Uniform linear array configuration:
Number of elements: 12
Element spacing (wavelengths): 0.75
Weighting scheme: cosine
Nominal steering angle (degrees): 15
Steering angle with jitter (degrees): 13.727
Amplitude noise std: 0.05
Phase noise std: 0.05

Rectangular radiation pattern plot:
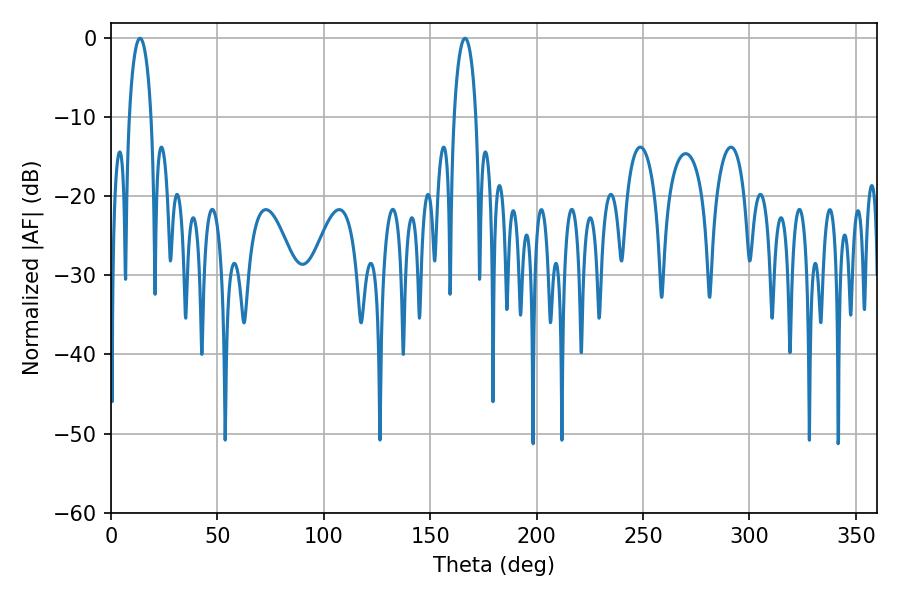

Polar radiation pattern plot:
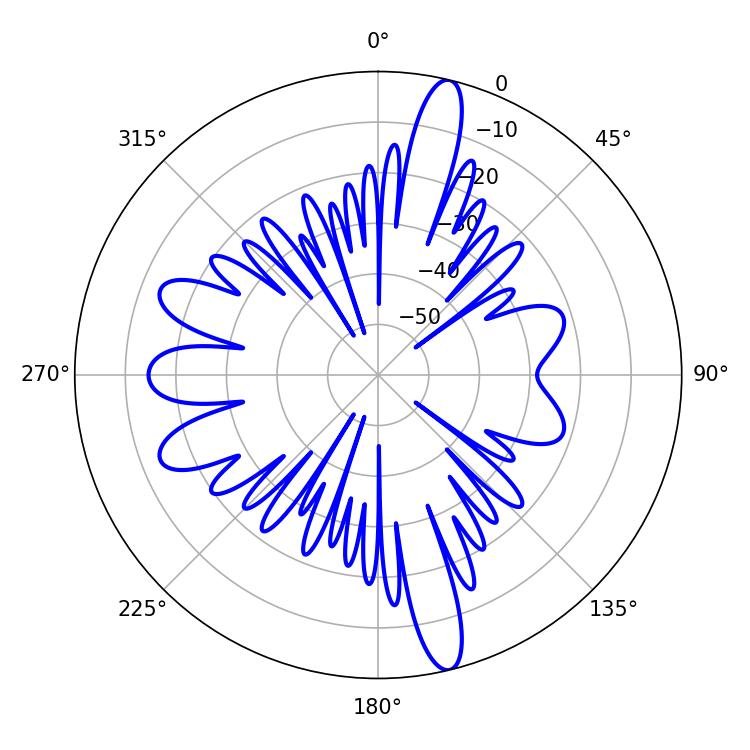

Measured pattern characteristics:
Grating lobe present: TRUE
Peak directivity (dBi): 17.494
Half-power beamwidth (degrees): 5.76
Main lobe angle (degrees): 13.68